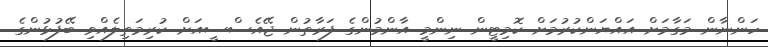
ހަންނާން މަގާމަށް އައްޔަންކުރުމަށް ކޮމިޓީން ނިންމީ އާންމުންގެ ފަރާތުން ޖޭއެސްސީއަށް ކުރިމަތިލެއްވި ބޭފުޅުންގެ